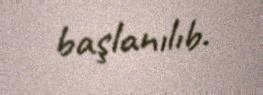
başlanılıb.